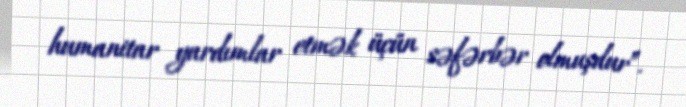
humanitar yardımlar etmək üçün səfərbər olmuşdur”.